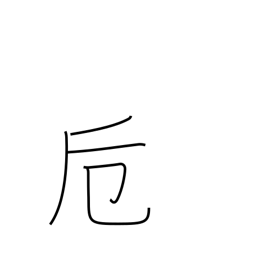
Meaning: fitting